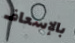
بالإسعاف